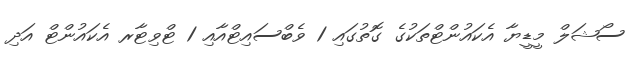
ސޯޝަލް މީޑީޔާ އެކައުންޓްތަކުގެ ގޮތުގައި 1 ވެބްސައިޓްއާއި 1 ޓްވިޓާރ އެކައުންޓް އަދި